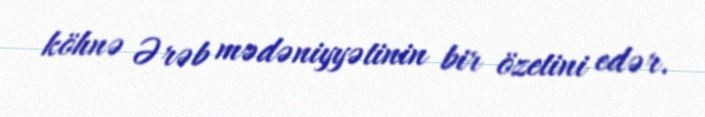
köhnə Ərəb mədəniyyətinin bir özetini edər.